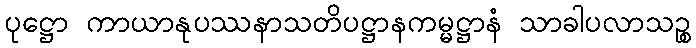
ပုဋ္ဌော ကာယာနုပဿနာသတိပဋ္ဌာနကမ္မဋ္ဌာနံ သာခါပလာသဉ္စ